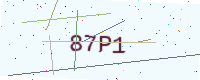
Text: 87P1